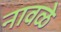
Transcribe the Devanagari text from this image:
नावळे